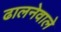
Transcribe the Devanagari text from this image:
ढालनेवाले